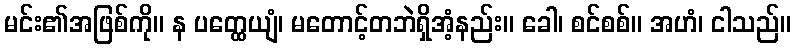
မင်း၏အဖြစ်ကို။ န ပတ္ထေယျံ၊ မတောင့်တဘဲရှိအံ့နည်း။ ခေါ၊ စင်စစ်။ အဟံ၊ ငါသည်။